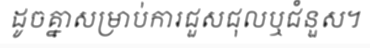
ដូចគ្នាសម្រាប់ការជួសជុលឬជំនួស។